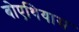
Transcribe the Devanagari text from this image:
बोएथियास